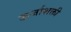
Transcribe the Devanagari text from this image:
ऊर्जाशक्ती